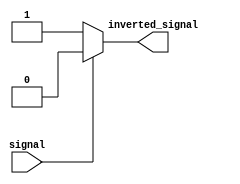
module Schmitt_trigger_inverter (
    input wire signal,
    output reg inverted_signal
);

always @ (signal)
begin
    if (signal)
        inverted_signal <= 0;
    else
        inverted_signal <= 1;
end

endmodule